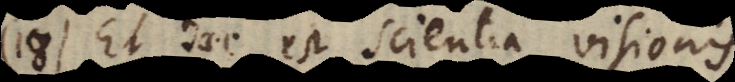
18) Et haec est scientia visionis